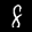
Label: 8